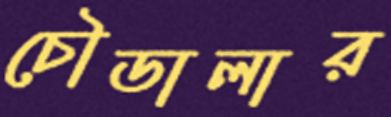
চৌডালার